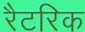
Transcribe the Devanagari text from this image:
रैटरिक